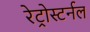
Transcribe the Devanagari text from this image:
रेट्रोस्टर्नल